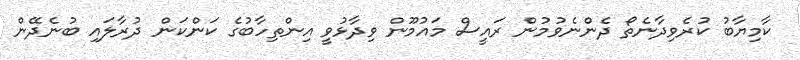
ކާމިޔާބު ކުރެވިދާނެތޯ ދެންނެވުމުން ރައީސް މައުމޫން ވިދާޅުވީ އިންތިހާބުގެ ކަންކަން ދުރާލައި ބުނެދޭން